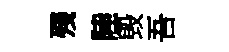
殘陸毁吾